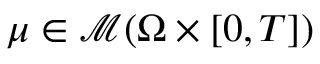
\mu \in \mathcal { M } ( \Omega \times [ 0 , T ] )